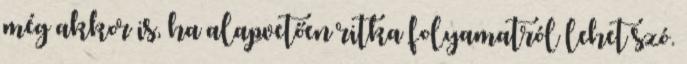
még akkor is, ha alapvetően ritka folyamatról lehet szó.